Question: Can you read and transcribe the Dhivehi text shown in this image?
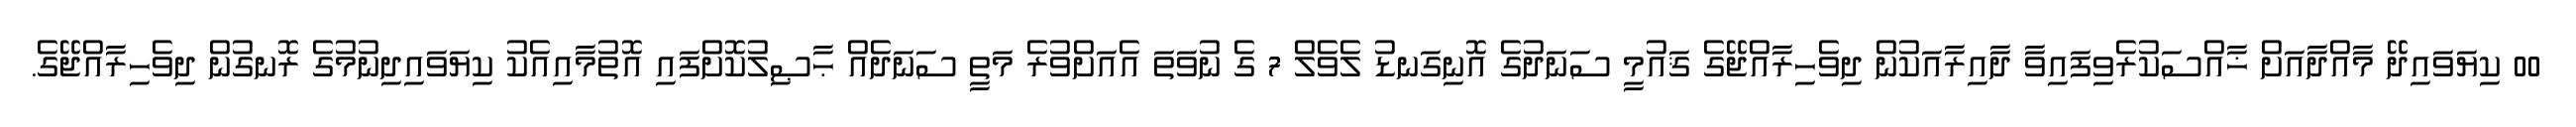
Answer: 00 ކިޔަވައިދޭ މާއްދާއަށް ޚާއްސަކުރެވިފައިވާ ދާއިރާއަކުން ދިވެހިރާއްޖޭގެ ޤައުމީ ސަނަދުގެ އޮނިގަނޑު ލެވެލް 7 ގެ ނުވަތަ އެއަށްވުރެ މަތީ ސަނަދެއް ޙާޞިލުކޮށްފައި އޮތުމާއިއެކު ކިޔަވައިދިނުމުގެ ރޮނގުން ދިވެހިރާއްޖޭގެ.